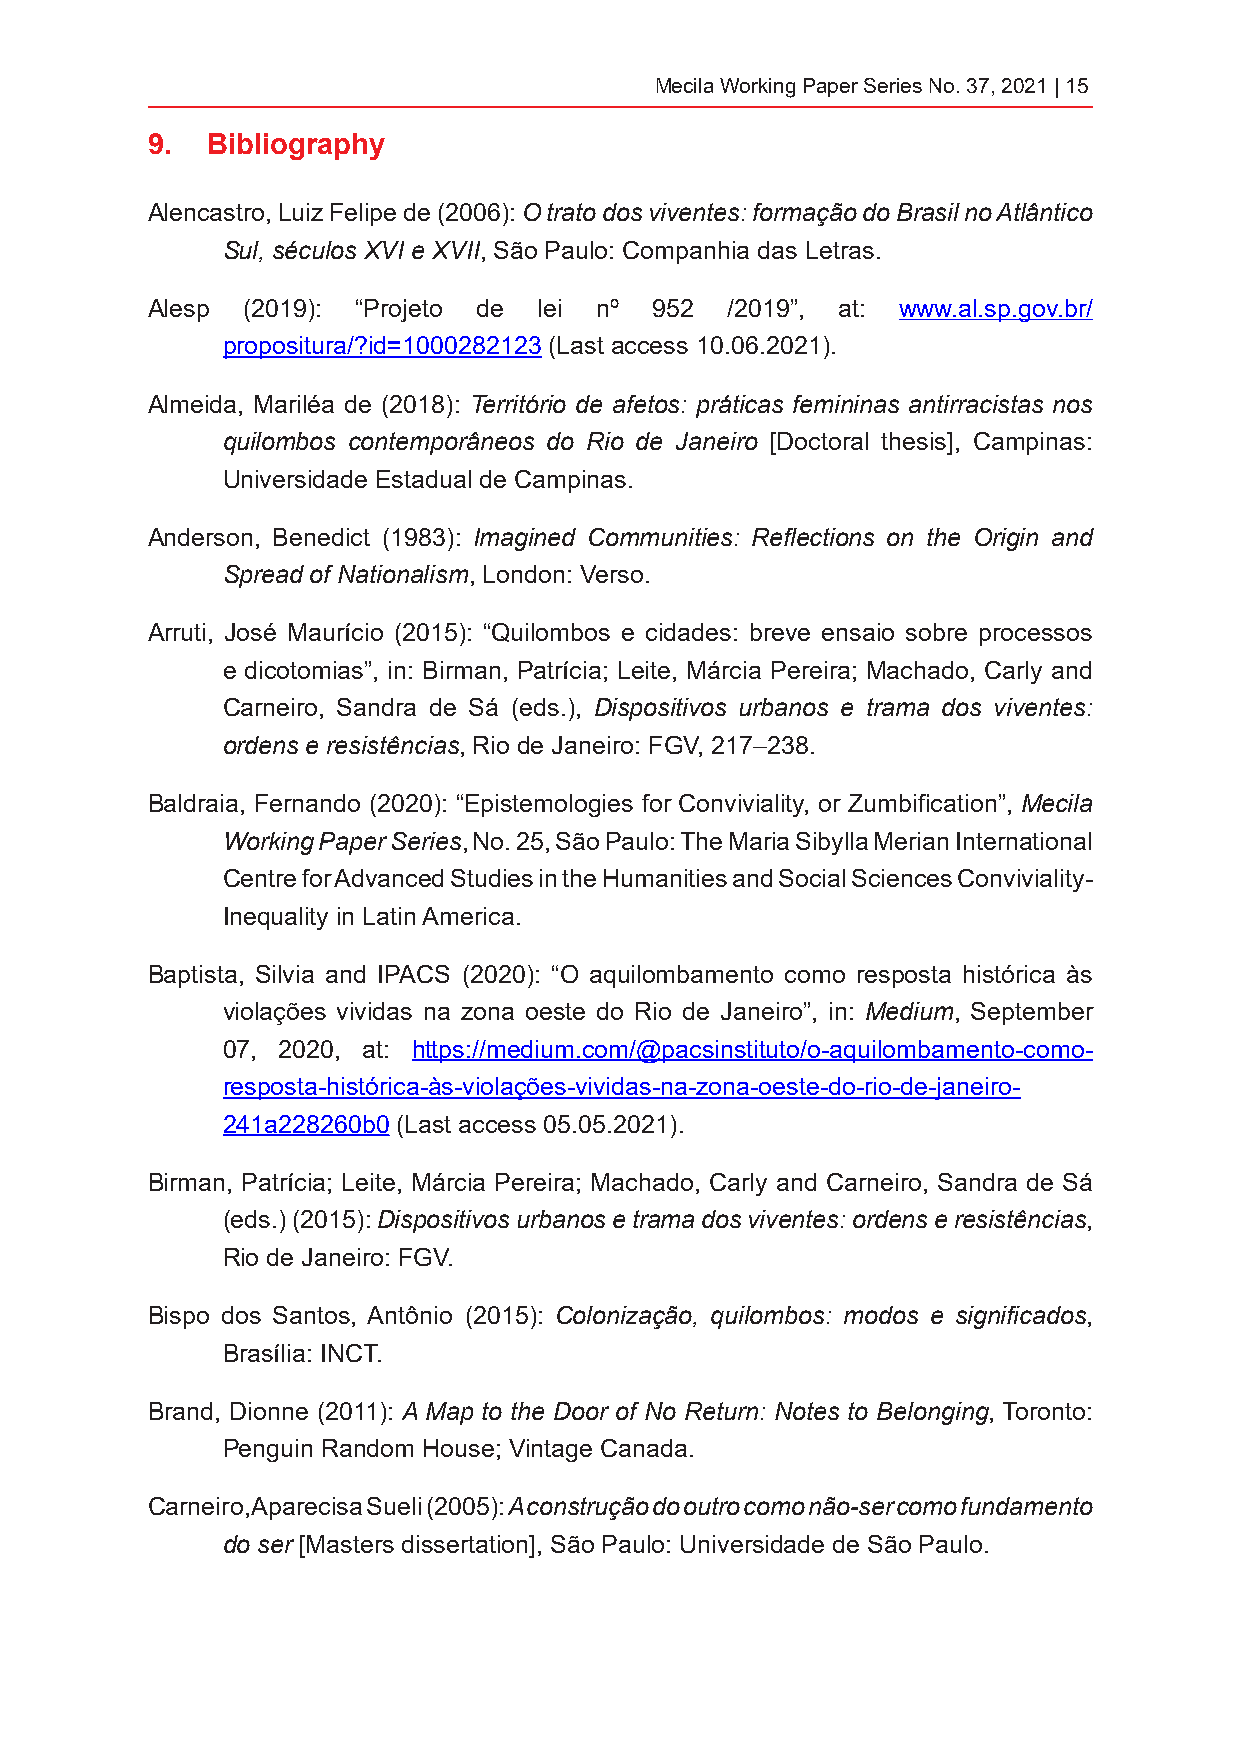
Mecila Working Paper Series No. 37, 2021 | 15
 9.  Bibliography
 Alencastro, Luiz Felipe de (2006): O trato dos viventes: formação do Brasil no Atlântico
 Sul, séculos XVI e XVII, São Paulo: Companhia das Letras.
 Alesp (2019): “Projeto de lei nº 952  /2019”, at: www.al.sp.gov.br/
 propositura/?id=1000282123 (Last access 10.06.2021).
 Almeida, Mariléa de (2018): Território de afetos: práticas femininas antirracistas nos
 quilombos contemporâneos do Rio de Janeiro [Doctoral thesis], Campinas:
 Universidade Estadual de Campinas.
 Anderson, Benedict (1983): Imagined Communities: Reflections on the Origin and
 Spread of Nationalism, London: Verso.
 Arruti, José Maurício (2015): “Quilombos e cidades: breve ensaio sobre processos
 e dicotomias”, in: Birman, Patrícia; Leite, Márcia Pereira; Machado, Carly and
 Carneiro, Sandra de Sá (eds.), Dispositivos urbanos e trama dos viventes:
 ordens e resistências, Rio de Janeiro: FGV, 217–238.
 Baldraia, Fernando (2020): “Epistemologies for Conviviality, or Zumbification”, Mecila
 Working Paper Series, No. 25, São Paulo: The Maria Sibylla Merian International
 Centre for Advanced Studies in the Humanities and Social Sciences Conviviality-
 Inequality in Latin America.
 Baptista, Silvia and IPACS (2020): “O aquilombamento como resposta histórica às
 violações vividas na zona oeste do Rio de Janeiro”, in: Medium, September
 07, 2020, at: https://medium.com/@pacsinstituto/o-aquilombamento-como-
 resposta-histórica-às-violações-vividas-na-zona-oeste-do-rio-de-janeiro-
 241a228260b0 (Last access 05.05.2021).
 Birman, Patrícia; Leite, Márcia Pereira; Machado, Carly and Carneiro, Sandra de Sá
 (eds.) (2015): Dispositivos urbanos e trama dos viventes: ordens e resistências,
 Rio de Janeiro: FGV.
 Bispo dos Santos, Antônio (2015): Colonização, quilombos: modos e significados,
 Brasília: INCT.
 Brand, Dionne (2011): A Map to the Door of No Return: Notes to Belonging, Toronto:
 Penguin Random House; Vintage Canada.
 Carneiro, Aparecisa Sueli (2005): A construção do outro como não-ser como fundamento
 do ser [Masters dissertation], São Paulo: Universidade de São Paulo.